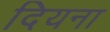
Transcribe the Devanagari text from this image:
दियना